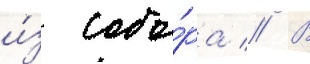
и́з собо́ра // В